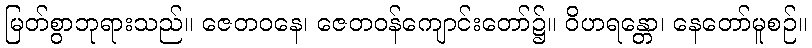
မြတ်စွာဘုရားသည်။ ဇေတဝနေ၊ ဇေတဝန်ကျောင်းတော်၌။ ဝိဟရန္တော၊ နေတော်မူစဉ်။